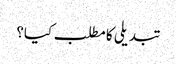
تبدیلی کا مطلب کیا؟